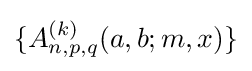
\{A_{n,p,q}^{(k)}(a,b;m,x)\}